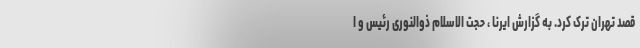
قصد تهران ترک کرد. به گزارش ایرنا ، حجت الاسلام ذوالنوری رئیس و ا